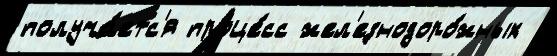
получа́етс'я проце́сс жел'езнодоро́жных